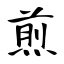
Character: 煎